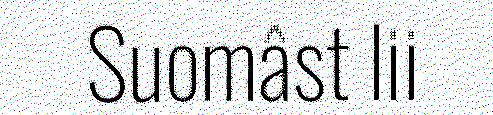
Suomâst lii